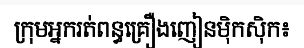
ក្រុមអ្នករត់ពន្ធគ្រឿងញៀនម៉ិកស៊ិក៖